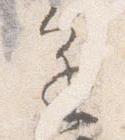
進